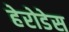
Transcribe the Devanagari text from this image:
हेरोडेस